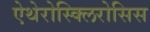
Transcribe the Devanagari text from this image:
ऐथेरोस्क्लिरोसिस